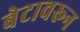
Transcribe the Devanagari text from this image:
बेटावरून